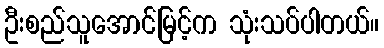
ဦးစည်သူအောင်မြင့်က သုံးသပ်ပါတယ်။